Civil Veterinary Department. Central Provinces & Berar 1925-31 - 1925-1931
Year: 1925
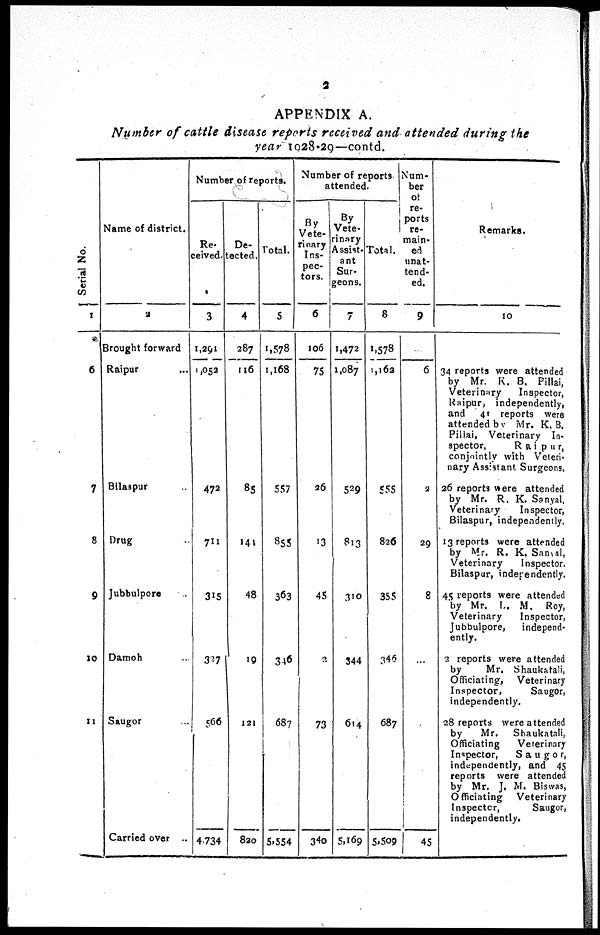
2
APPENDIX A.
Number of cattle disease reports received and attended during the
year 1028-29—contd.
Ser i al No.
1
6
7
8
9
10
11
Name of district.
2
Brought forward
Raipur ...
Bilaspur ...
Drug
Jubbulpore ..
Damoh ..
Saugor ...
Carried over
Number of reports.
Re-
--ived.
3
1,291
1,052
472
711
315
327
566
4,734
De-
ected.
4
287
116
85
144
48
19
121
820
Total.
5
1,578
1,168
557
855
363
346
687
5,554
Number of reports
attended.
By
Vete-
rinary
Ins-
pec-
tors.
6
106
75
26
13
45
2
73
340
By
Vete-
rinary
Assist-
ant
Sur-
geons.
7
1,472
1,087
529
813
310
344
614
5,169
Total.
8
1,578
1,162
555
826
355
345
687
5,500
Num-
ber
of
re-
ports
re-
main-
ed
unat-
tend-
ed.
9
6
2
29
8
...
...
45
Remarks.
10
34 reports were attended
by Mr. K. B. Pillai,
Veterinary
Inspector,
Raipur,
independently,
and 41 reports were
attended by Mr. K. B,
Pillai, Veterinary In-
spector,
Raipur,
conjointly with Veteri-
nary Assistant Surgeons.
26 reports were attended
by Mr. R. K. Sanyal.
Veterinary
Inspector,
Bilaspur, independently.
13 reports were attended
by Mr. R. K. Sanyal,
Veterinary
Inspector.
Bilaspur, independently.
45 reports were attended
by Mr. L. M.
Roy,
Veterinary
Inspector,
Jubbulpore,
independ-
ently.
2 reports were attended
by
Mr. Shaukafali,
Officiating,
Veterinary
Inspector,
Saugor,
independently.
28 reports were attended
by
Mr.
Shaukatali,
Officiating
Veterinary
Inspector,
Saugor,
independently, and 45
reports were attended
by Mr. J. M. Biswas,
Officiating
Veterinary
Inspector,
Saugor,
independently.